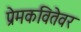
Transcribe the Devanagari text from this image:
प्रेमकवितेवर